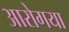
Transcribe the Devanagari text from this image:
आरोगया